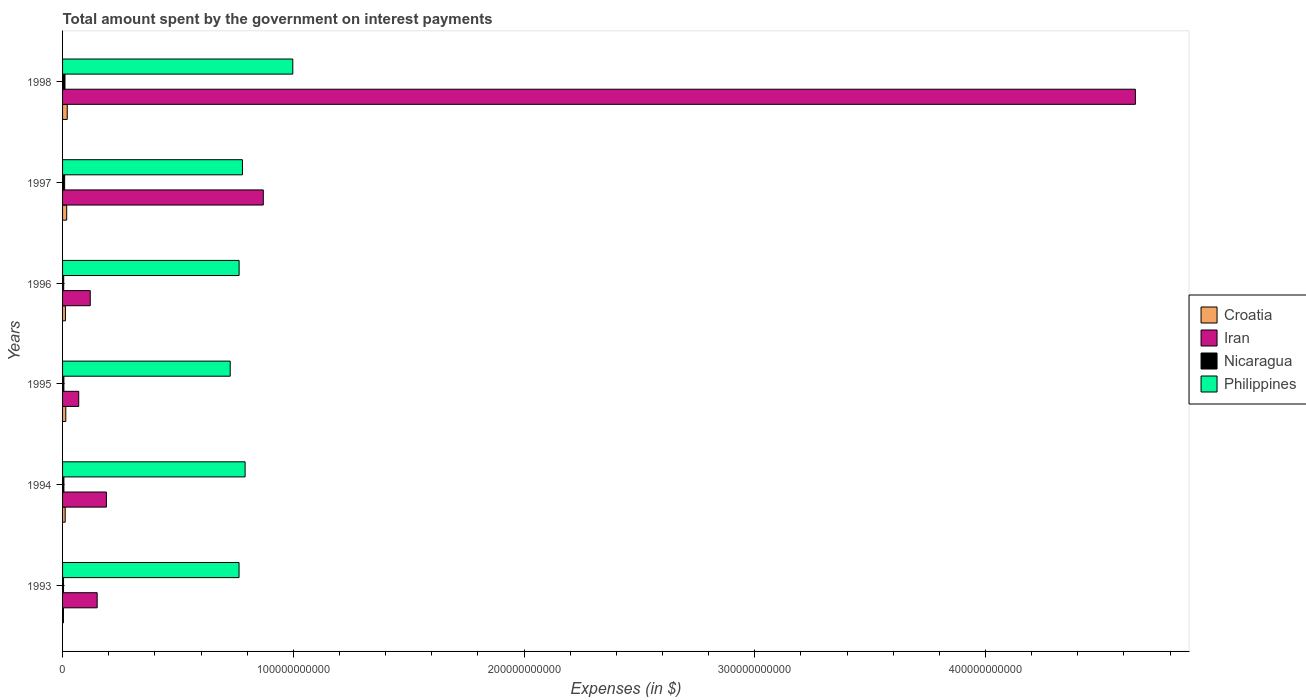
| Years | Croatia | Iran | Nicaragua | Philippines |
 | --- | --- | --- | --- | --- |
 | 1993 | 3.82e+08 | 1.5e+10 | 4.27e+08 | 7.65e+10 |
 | 1994 | 1.14e+09 | 1.9e+10 | 5.79e+08 | 7.91e+10 |
 | 1995 | 1.4e+09 | 7e+09 | 5.71e+08 | 7.27e+10 |
 | 1996 | 1.23e+09 | 1.2e+10 | 4.96e+08 | 7.65e+10 |
 | 1997 | 1.79e+09 | 8.7e+10 | 8.99e+08 | 7.8e+10 |
 | 1998 | 2.03e+09 | 4.65e+11 | 1.05e+09 | 9.98e+10 |